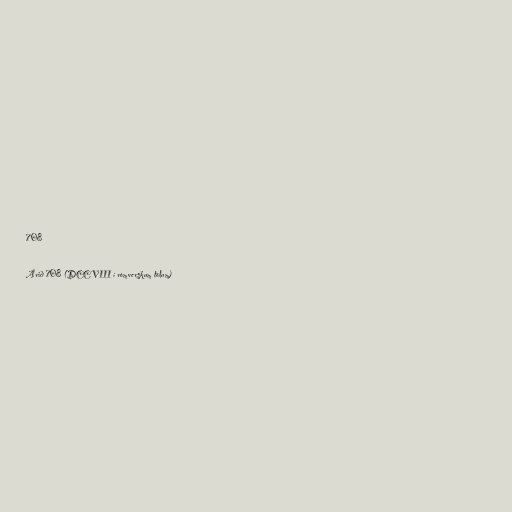
708

Árið 708 (DCCVIII í rómverskum tölum)